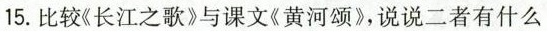
15.比较(长江之歌》与课文《黄河颂》，说说二者有什么